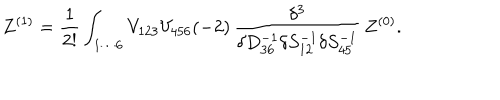
Z ^ { ( 1 ) } = \frac { 1 } { 2 ! } \int _ { 1 \cdots 6 } V _ { 1 2 3 } V _ { 4 5 6 } ( - 2 ) \, \frac { \delta ^ { 3 } } { \delta D _ { 3 6 } ^ { - 1 } \delta S _ { 1 2 } ^ { - 1 } \delta S _ { 4 5 } ^ { - 1 } } \, Z ^ { ( 0 ) } .